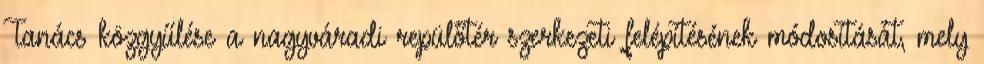
Tanács közgyűlése a nagyváradi repülőtér szerkezeti felépítésének módosítását, mely